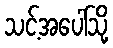
သင့်အပေါ်သို့